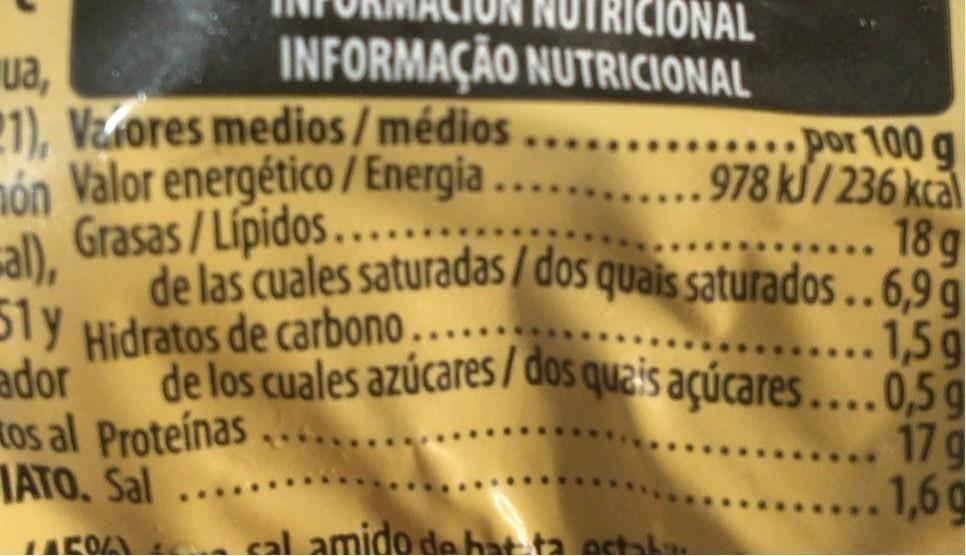
TRICIONAL
INFORMAÇÃO NUTRICIONAL
ua, 21), Vaores medios/médios nón Valor energético / Energia al), Grasas / Lipidos....
por 100 g 978 kS/236 kca .... 18g
de las cuales saturadas / dos quais saturados ..6,9g 51y
lY
Hidratos de carbono....
...1,5g
de los cuales azúcares / dos quais açúcares ….0,5 g
ador ROs al Proteínas ATO. Sal
..17g ...1,6g
cal amido de hat ta